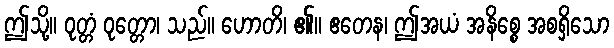
ဤသို့။ ဝုတ္တံ ဝုတ္တော၊ သည်။ ဟောတိ၊ ၏။ ဧတေန၊ ဤအယံ အနိစ္စေ အစရှိသော